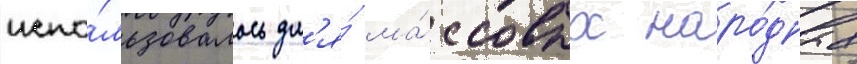
испо́льзовалось дл'я́ ма́ссовых наро́дных